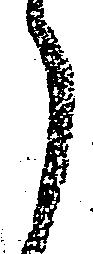
し